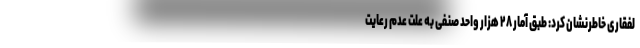
لفقاری خاطرنشان کرد: طبق آمار ۲۸ هزار واحد صنفی به علت عدم رعایت